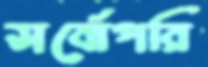
সর্বোপরি